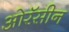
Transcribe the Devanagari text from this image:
ओरॅसीन